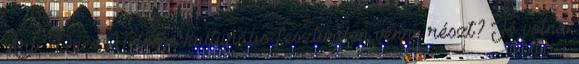
Art Deco Hétvége kulturális fesztiválon venne részt? Jó volna